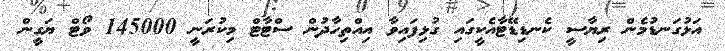
އަޅުގަނޑުމެން ރިޔާސީ ކެނޑިޑޭޓާއެކީގައި ގުޅިފައިވާ އިއްތިހާދުން ސްޓާޓް މިކުރަނީ 145000 ވޯޓް ޔަގީން